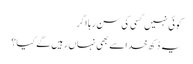
کوئی نہیں کسی کی سن رہا اگر
یہ دُکھ خدا سے بھی نہاں رہیں گے کیا؟